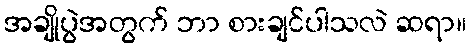
အချိုပွဲအတွက် ဘာ စားချင်ပါသလဲ ဆရာ။